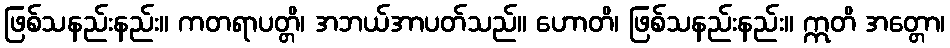
ဖြစ်သနည်းနည်း။ ကတရာပတ္တိ၊ အဘယ်အာပတ်သည်။ ဟောတိ၊ ဖြစ်သနည်းနည်း။ ဣတိ အတ္တော၊